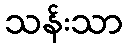
သန်းသာ